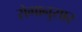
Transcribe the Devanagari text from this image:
रोगानुसार